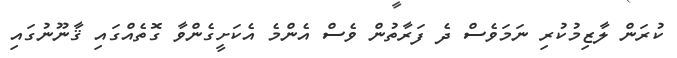
ކުރަން ލާޒިމުކުރި ނަމަވެސް ދެ ފަރާތުން ވެސް އެންމެ އެކަށީގެންވާ ގޮތެއްގައި ޤާނޫނުގައި